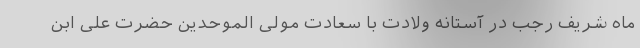
ماه شریف رجب در آستانه ولادت با سعادت مولی الموّحدین حضرت علی ابن